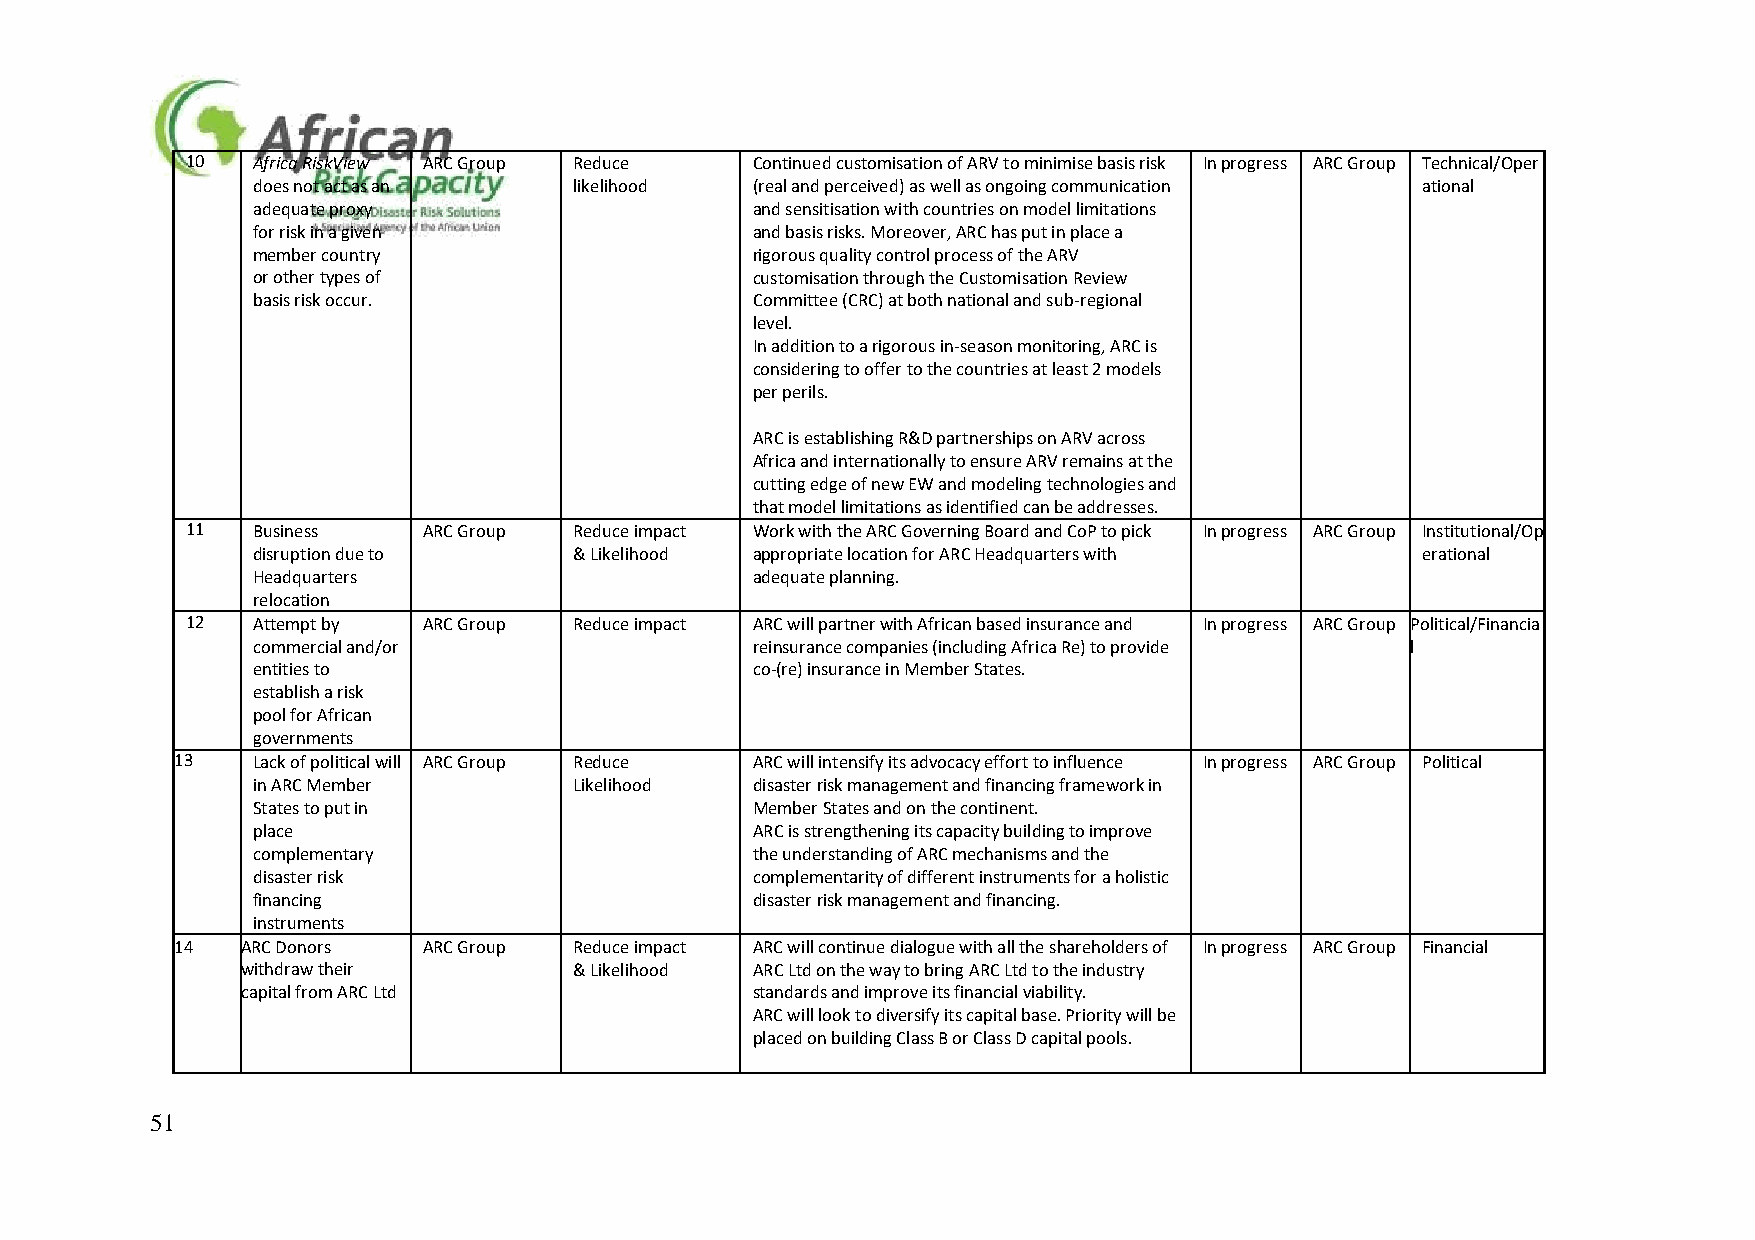
10   Africa RiskView ARC Group Reduce Continued customisation of ARV to minimise basis risk In progress ARC Group Technical/Oper
 does not act as an   likelihood  (real and perceived) as well as ongoing communication ational
 adequate proxy                   and sensitisation with countries on model limitations
 for risk in a given              and basis risks. Moreover, ARC has put in place a
 member country                   rigorous quality control process of the ARV
 or other types of                customisation through the Customisation Review
 basis risk occur.                Committee (CRC) at both national and sub-regional
 level.
 In addition to a rigorous in-season monitoring, ARC is
 considering to offer to the countries at least 2 models
 per perils.
 ARC is establishing R&D partnerships on ARV across
 Africa and internationally to ensure ARV remains at the
 cutting edge of new EW and modeling technologies and
 that model limitations as identified can be addresses.
 11   Business   ARC Group Reduce impact Work with the ARC Governing Board and CoP to pick In progress ARC Group Institutional/Op
 disruption due to    & Likelihood appropriate location for ARC Headquarters with erational
 Headquarters                     adequate planning.
 relocation
 12   Attempt by ARC Group Reduce impact ARC will partner with African based insurance and In progress ARC Group Political/Financia
 commercial and/or                reinsurance companies (including Africa Re) to provide l
 entities to                      co-(re) insurance in Member States.
 establish a risk
 pool for African
 governments
 13   Lack of political will ARC Group Reduce ARC will intensify its advocacy effort to influence In progress ARC Group Political
 in ARC Member        Likelihood  disaster risk management and financing framework in
 States to put in                 Member States and on the continent.
 place                            ARC is strengthening its capacity building to improve
 complementary                    the understanding of ARC mechanisms and the
 disaster risk                    complementarity of different instruments for a holistic
 financing                        disaster risk management and financing.
 instruments
 14  ARC Donors  ARC Group Reduce impact ARC will continue dialogue with all the shareholders of In progress ARC Group Financial
 withdraw their        & Likelihood ARC Ltd on the way to bring ARC Ltd to the industry
 capital from ARC Ltd              standards and improve its financial viability.
 ARC will look to diversify its capital base. Priority will be
 placed on building Class B or Class D capital pools.
 51